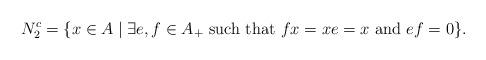
LaTeX: \begin{align*}N_2^c=\{x\in A\mid \exists e,f\in A_+\hbox{ such that }fx=xe=x\hbox{ and }ef=0\}.\end{align*}